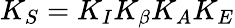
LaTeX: K_{S}=K_{I}K_{\beta}K_{A}K_{E}